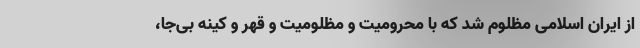
از ایران اسلامی مظلوم شد که با محرومیت و مظلومیت و قهر و کینه بی‌جا،